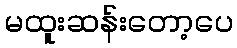
မထူးဆန်းတော့ပေ